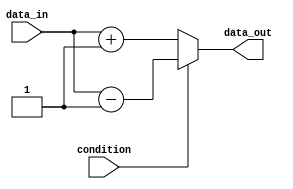
module if_else_with_negation (
    input wire condition,
    input wire data_in,
    output reg data_out
);

always @ (*)
begin
    if (~condition) begin
        // Block of code to be executed if the condition is false
        data_out <= data_in + 1; // Example arithmetic operation
    end
    else begin
        // Block of code to be executed if the condition is true
        data_out <= data_in - 1; // Example arithmetic operation
    end
end

endmodule